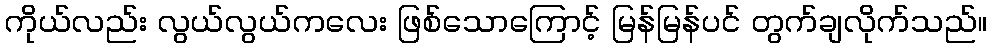
ကိုယ်လည်း လွယ်လွယ်ကလေး ဖြစ်သောကြောင့် မြန်မြန်ပင် တွက်ချလိုက်သည်။